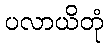
ပလာယိတုံ